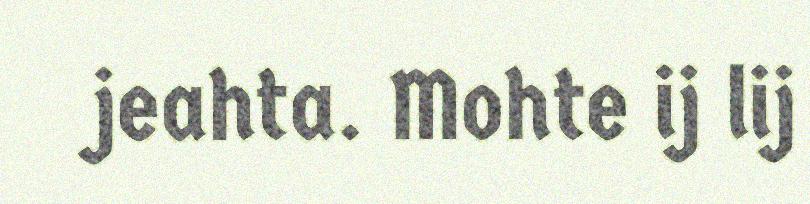
jeahta. Mohte ij lij